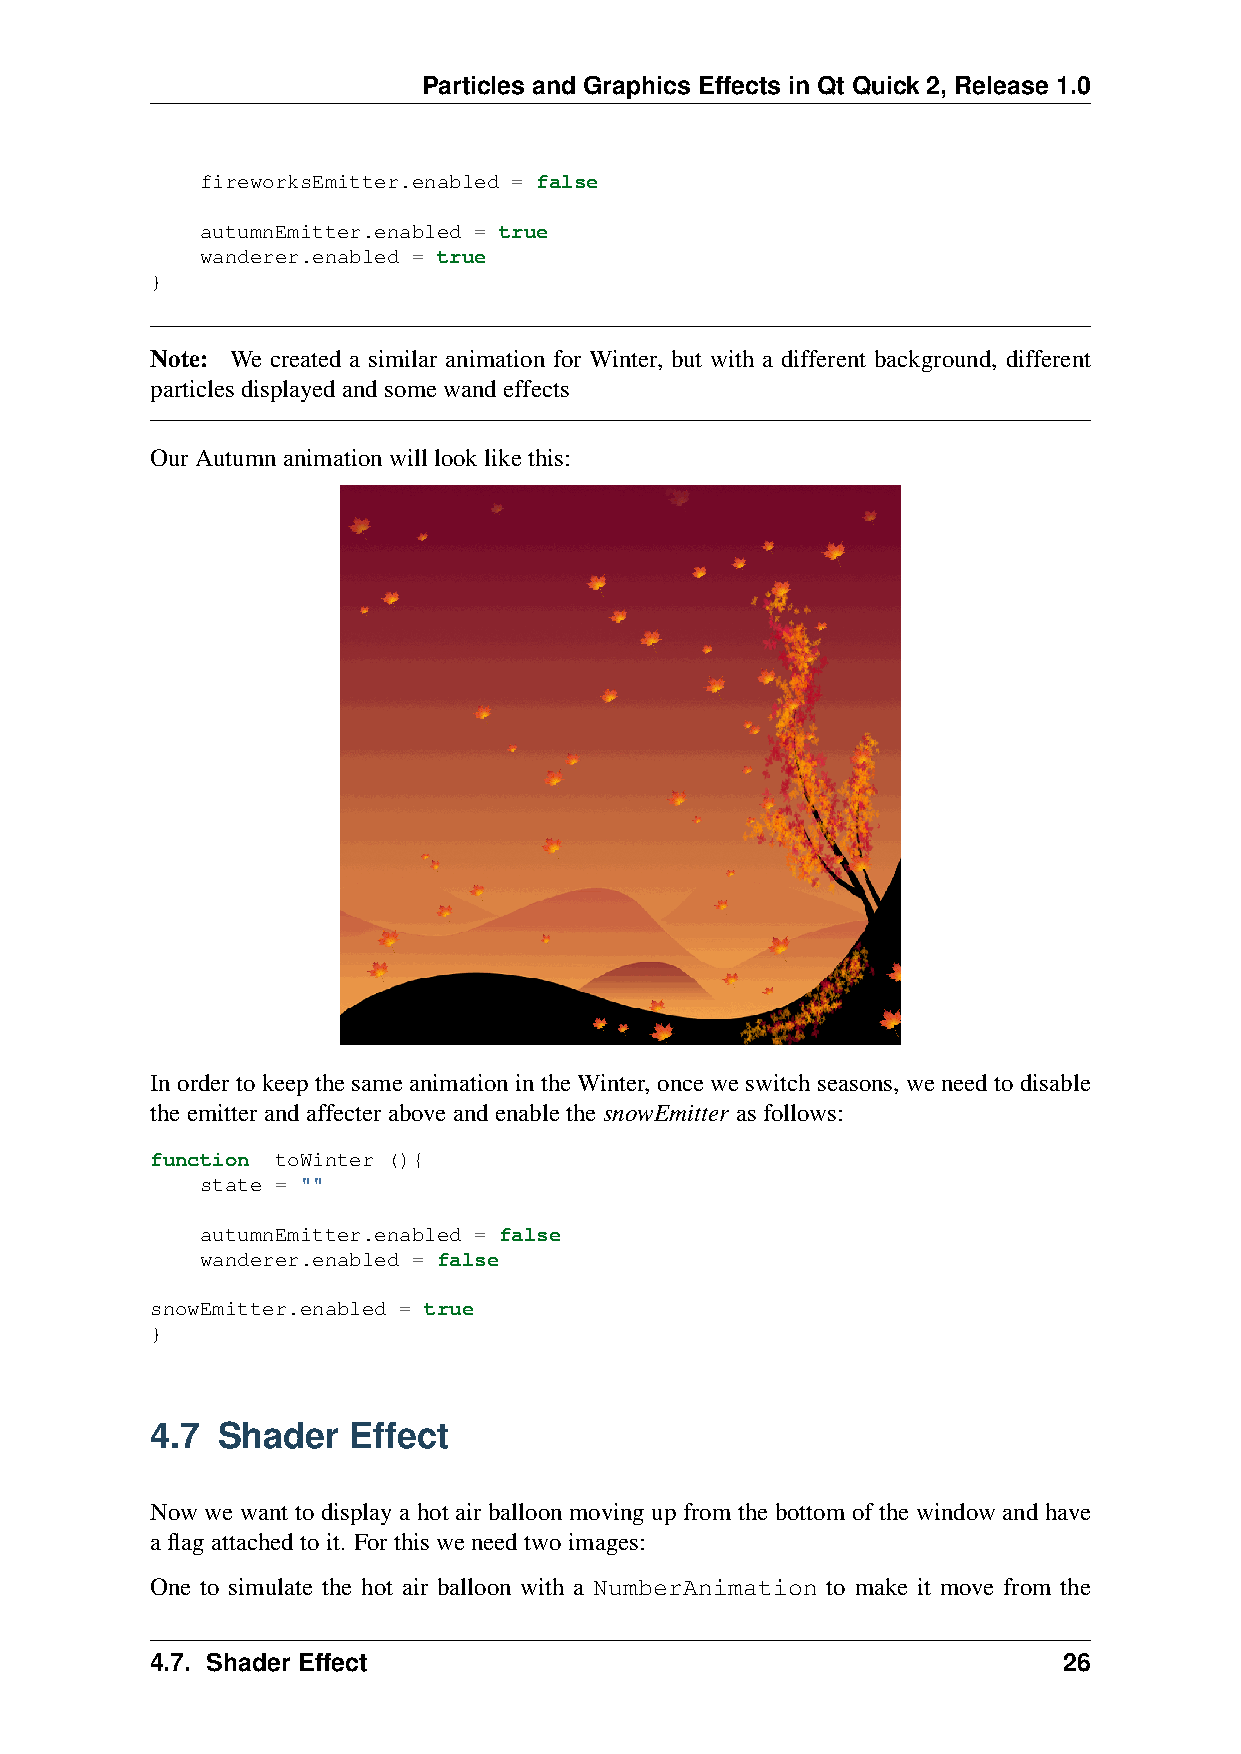
Particles and Graphics Effects in Qt Quick 2, Release 1.0
 fireworksEmitter.enabled = false
 autumnEmitter.enabled = true
 wanderer.enabled = true
 }
 Note: We created a similar animation for Winter, but with a different background, different
 particlesdisplayedandsomewandeffects
 OurAutumnanimationwilllooklikethis:
 In order to keep the same animation in the Winter, once we switch seasons, we need to disable
 theemitterandaffecteraboveandenablethesnowEmitter asfollows:
 function toWinter (){
 state = ""
 autumnEmitter.enabled = false
 wanderer.enabled = false
 snowEmitter.enabled = true
 }
 4.7 Shader   Effect
 Now we want to display a hot air balloon moving up from the bottom of the window and have
 aflagattachedtoit. Forthisweneedtwoimages:
 One to simulate the hot air balloon with a NumberAnimation to make it move from the
 4.7. Shader Effect                                          26